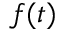
f ( t )